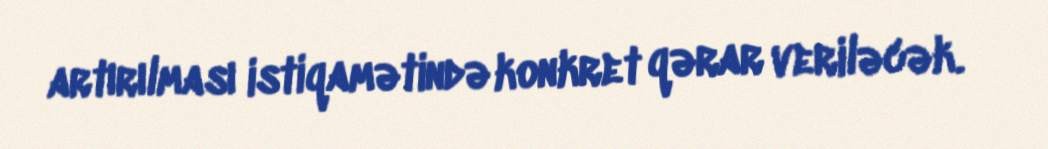
artırılması istiqamətində konkret qərar veriləcək.